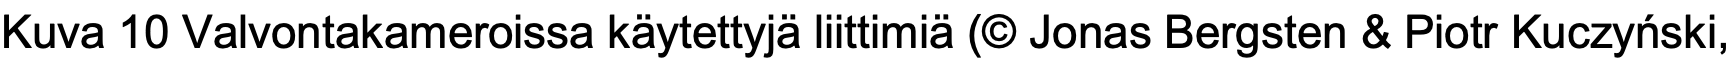
Kuva 10 Valvontakameroissa käytettyjä liittimiä (© Jonas Bergsten & Piotr Kuczyński,